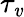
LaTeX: \tau_{\mathit{v}}